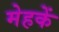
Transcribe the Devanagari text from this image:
मेहकें